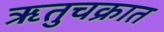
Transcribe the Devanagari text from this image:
ऋतुचक्रात